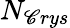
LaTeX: N_{\mathscr{C}rys}